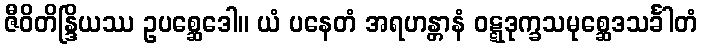
ဇီဝိတိန္ဒြိယဿ ဥပစ္ဆေဒေါ။ ယံ ပနေတံ အရဟန္တာနံ ဝဋ္ဋဒုက္ခသမုစ္ဆေဒသင်္ခါတံ